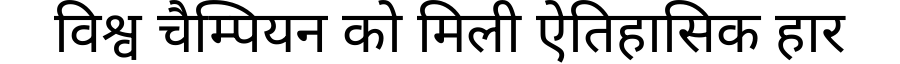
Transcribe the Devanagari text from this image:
विश्व चैम्पियन को मिली ऐतिहासिक हार